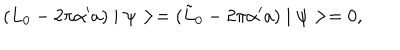
LaTeX: ( L _ { 0 } - 2 \pi \alpha ^ { \prime } a ) \mid \psi > = ( \tilde { L } _ { 0 } - 2 \pi \alpha ^ { \prime } a ) \mid \psi > = 0 ,